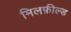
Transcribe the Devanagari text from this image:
मिलफ़ील्ड